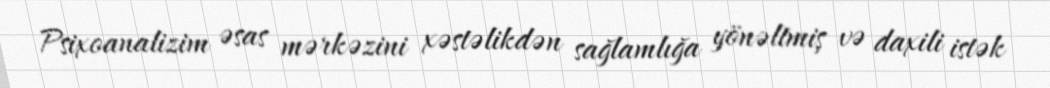
Psixoanalizim əsas mərkəzini xəstəlikdən sağlamlığa yönəltmiş və daxili istək